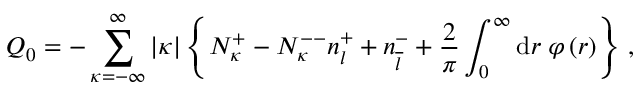
Q _ { 0 } = - \sum _ { \kappa = - \infty } ^ { \infty } \vert \kappa \vert \left\{ N _ { \kappa } ^ { + } - N _ { \kappa } ^ { -- } n _ { l } ^ { + } + n _ { \overline { { l } } } ^ { - } + \frac { 2 } { \pi } \int _ { 0 } ^ { \infty } \mathrm { d } r \; \varphi \left( r \right) \right\} \, ,